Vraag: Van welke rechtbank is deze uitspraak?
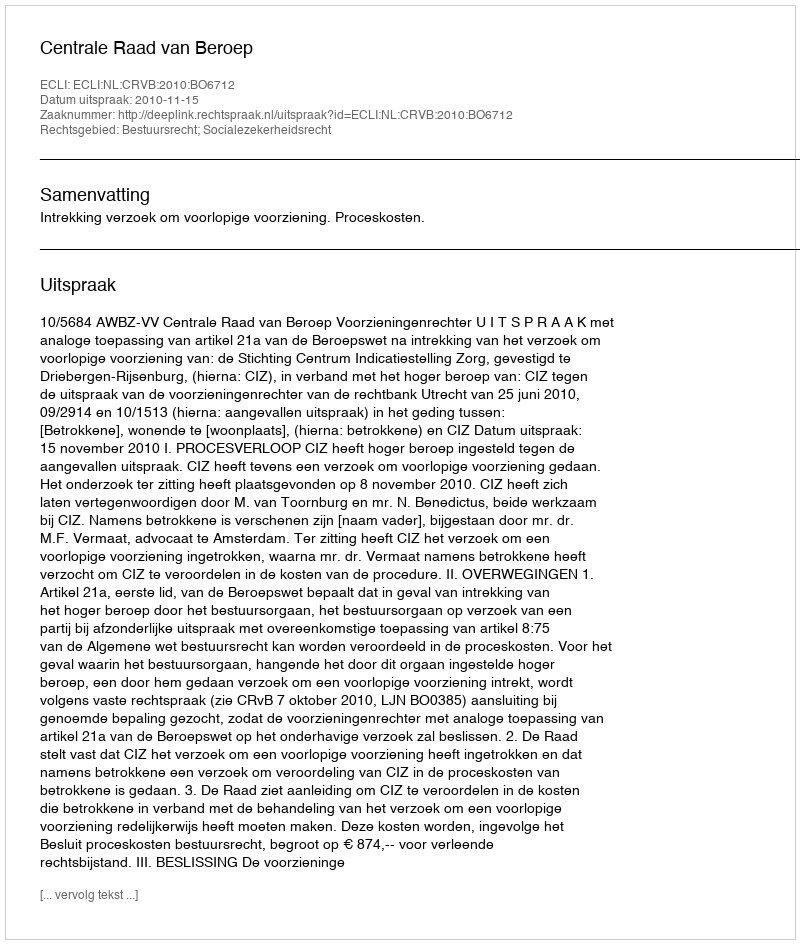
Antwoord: Centrale Raad van Beroep